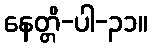
နေတ္တိ-ပါ-၃၁။